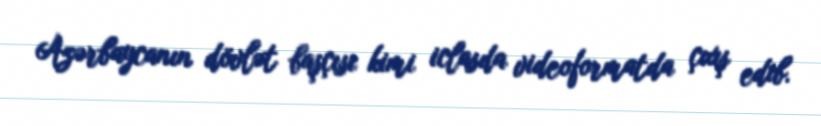
Azərbaycanın dövlət başçısı kimi iclasda videoformatda çıxış edib.